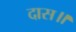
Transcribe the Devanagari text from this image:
दास॥